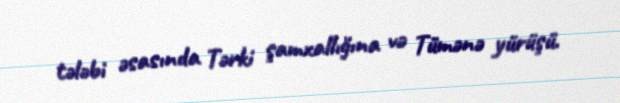
tələbi əsasında Tərki şamxallığına və Tümənə yürüşü.